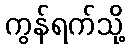
ကွန်ရက်သို့